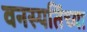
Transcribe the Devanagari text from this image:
वनस्पतिंच्या